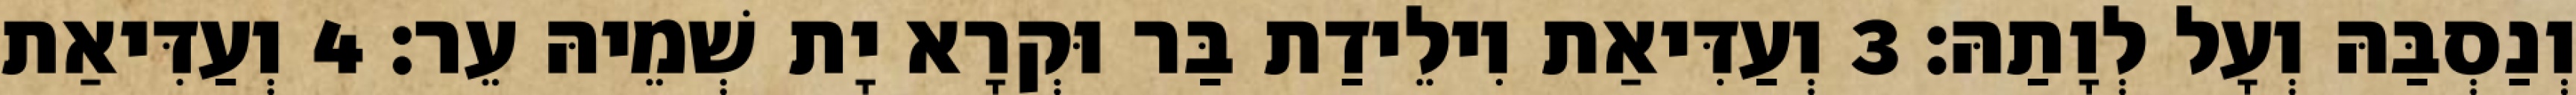
וְנַסְבַּהּ וְעָל לְוָתַהּ׃ 3 וְעַדִּיאַת וִילֵידַת בַּר וּקְרָא יָת שְׁמֵיהּ עֵר׃ 4 וְעַדִּיאַת